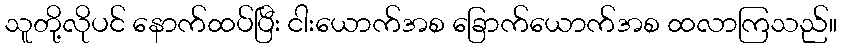
သူတို့လိုပင် နောက်ထပ်ပြီး ငါးယောက်အစ ခြောက်ယောက်အစ ထလာကြသည်။